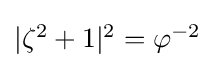
\textstyle |\zeta ^{2}+1|{}^{2}=\varphi ^{-2}